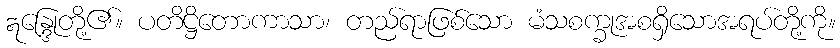
ဣန္ဒြေုတို့၏။ ပတိဋ္ဌိတောကာသာ၊ တည်ရာဖြစ်သော မံသစက္ခုအစရှိသောအရပ်တို့ကို။